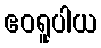
ဧဝရူပါယ